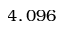
4 , 0 9 6